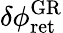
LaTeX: \delta\phi_{\mathrm{ret}}^{\mathrm{GR}}